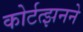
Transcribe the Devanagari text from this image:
कोर्टत्झनने